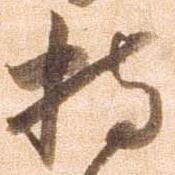
持